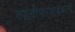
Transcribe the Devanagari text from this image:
रुद्रवीणावादकाचे